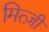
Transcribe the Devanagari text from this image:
मित्ज़ी